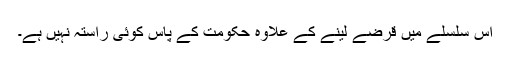
اس سلسلے میں قرضے لینے کے علاوہ حکومت کے پاس کوئی راستہ نہیں ہے۔